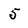
Character: 5